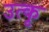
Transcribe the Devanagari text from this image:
उत्कृ